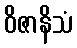
ဝိဇာနိသံ